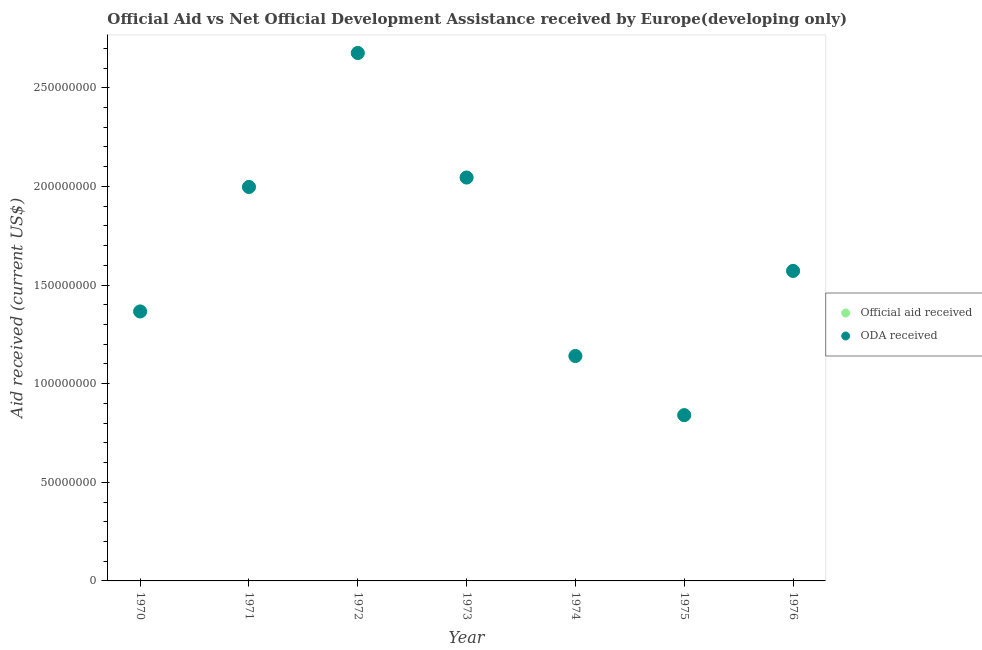
| Year | Official aid received | ODA received |
 | --- | --- | --- |
 | 1970 | 1.37e+08 | 1.37e+08 |
 | 1971 | 2e+08 | 2e+08 |
 | 1972 | 2.68e+08 | 2.68e+08 |
 | 1973 | 2.05e+08 | 2.05e+08 |
 | 1974 | 1.14e+08 | 1.14e+08 |
 | 1975 | 8.4e+07 | 8.4e+07 |
 | 1976 | 1.57e+08 | 1.57e+08 |